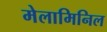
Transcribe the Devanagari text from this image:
मेलामिनिल